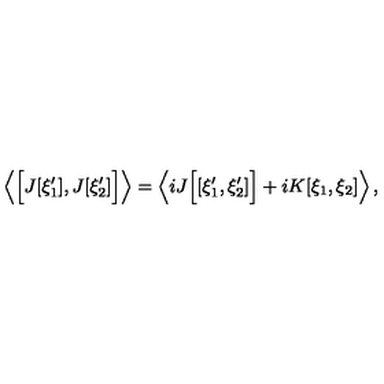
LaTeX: \left\langle \Bigl [ J [ \xi _ { 1 } ^ { \prime } ] , J [ \xi _ { 2 } ^ { \prime } ] \Bigr ] \right\rangle = \left\langle i J \Bigl [ [ \xi _ { 1 } ^ { \prime } , \xi _ { 2 } ^ { \prime } ] \Bigr ] + i K [ \xi _ { 1 } , \xi _ { 2 } ] \right\rangle ,